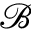
\mathcal { B }